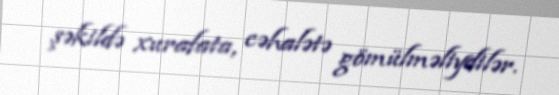
şəkildə xurafata, cəhalətə gömülməliydilər.